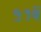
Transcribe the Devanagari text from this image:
५१वें